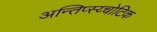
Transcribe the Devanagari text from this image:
अन्तिप्स्य्चोटिक